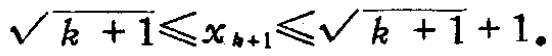
\(\sqrt{k + 1}\leqslant x_{k + 1}\leqslant\sqrt{k + 1} + 1。\)